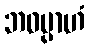
ဘဝမ္ပာဟံ